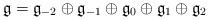
LaTeX: \begin{align*}\mathfrak{g}=\mathfrak{g}_{-2}\oplus \mathfrak{g}_{-1}\oplus \mathfrak{g}_0\oplus \mathfrak{g}_1 \oplus \mathfrak{g}_2\end{align*}